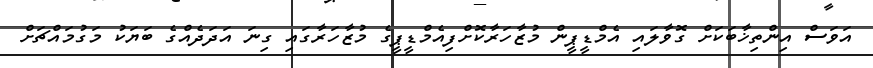
އަވަސް އިންތިޚާބަކަށް ގޮވާލައި އެމްޑީޕީން މުޒާހަރާކޮށްފިއެމްޑީޕީގެ މުޒާހަރާގައި ގިނަ އަދަދެއްގެ ބަޔަކު މަގުމައްޗަށް